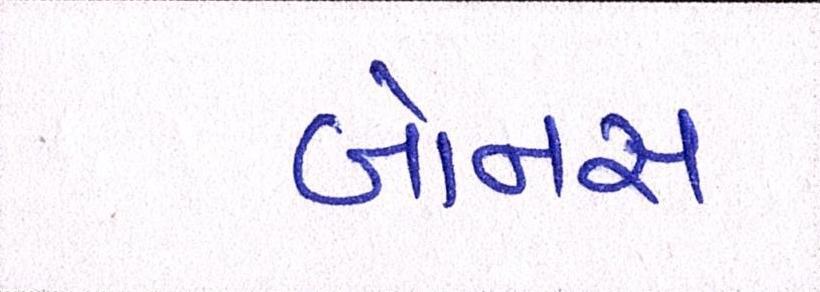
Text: બોનસ